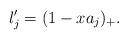
LaTeX: \begin{align*}l'_j=(1-x a_j)_{+}.\end{align*}